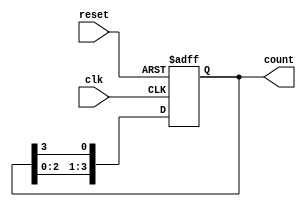
module ring_counter (
    input wire clk,          // Clock input
    input wire reset,        // Asynchronous reset
    output reg [3:0] count   // 4-bit output
);

    // Initial state
    initial begin
        count = 4'b0001;     // Start with the first state
    end

    // Sequential logic for the ring counter
    always @(posedge clk or posedge reset) begin
        if (reset) begin
            count <= 4'b0001; // Reset to initial state
        end else begin
            // Shift the '1' bit to the left, wrapping around
            count <= {count[2:0], count[3]}; // Circular shift
        end
    end
endmodule